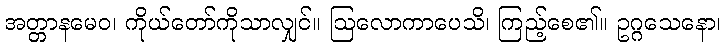
အတ္တာနမေဝ၊ ကိုယ်တော်ကိုသာလျှင်။ ဩလောကာပေသိ၊ ကြည့်စေ၏။ ဥဂ္ဂသေနော၊